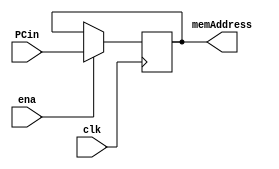
module fetch
(
 input wire[31:0] PCin,
 input wire clk,
 input wire ena,
 output wire [31:0] memAddress
 );
	
	reg[31:0] currPC;
	
	
	initial begin 
		currPC = 32'h00000000;
	end
	
	always @(posedge clk) begin
			if (ena) begin
				currPC = PCin;
			end
	end
	
	assign memAddress = currPC;


endmodule